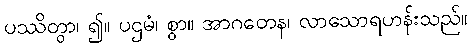
ပဿိတွာ၊ ၍။ ပဌမံ၊ စွာ။ အာဂတေန၊ လာသောရဟန်းသည်။